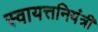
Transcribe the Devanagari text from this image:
स्वायत्तनियंत्री